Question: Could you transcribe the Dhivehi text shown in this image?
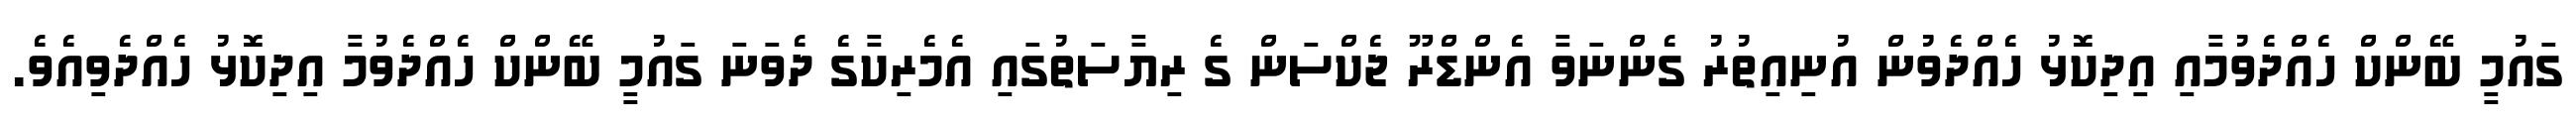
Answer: ގައުމީ ބޭންކް ހެއްދެވުމާއި އިދިކޮޅު ހެއްދެވުން އުނިއިތުރު ގެންނަވާ އެންޑްރޫ ޖެކްސަން ގެ ރިޔާސަތުގައި އެމެރިކާގެ ދެވަނަ ގައުމީ ބޭންކް ހެއްދެވުމާ އިދިކޮޅު ހެއްދެވިއެވެ.